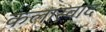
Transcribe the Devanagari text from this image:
कलास्वाद